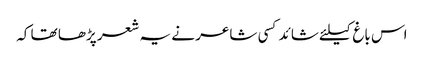
اس باغ کیلئے شائد کسی شاعر نے یہ شعر پڑھا تھا کہ